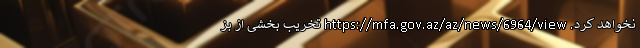
نخواهد کرد. https://mfa.gov.az/az/news/6964/view تخریب بخشی از بز